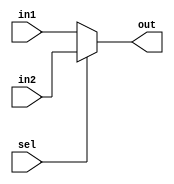
module mux2to1(input in1,in2,sel,output reg out);
always@(in1,in2,sel)
begin
if(sel==0)
out=in1;
else
out=in2;
end
endmodule